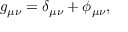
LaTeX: g _ { \mu \nu } = \delta _ { \mu \nu } + \phi _ { \mu \nu } ,